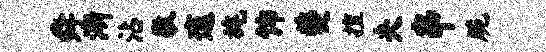
舜渐沾敬邃旄饰夔擅夫串脆